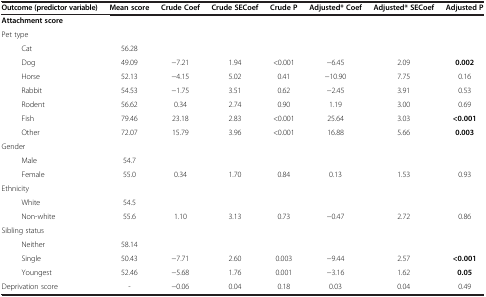
<table><thead><tr><td><b>Outcome (predictor variable)</b></td><td><b>Mean score</b></td><td><b>Crude Coef</b></td><td><b>Crude SECoef</b></td><td><b>Crude P</b></td><td><b>Adjusted* Coef</b></td><td><b>Adjusted* SECoef</b></td><td><b>Adjusted P</b></td></tr></thead><tbody><tr><td><b>Attachment score</b></td><td> </td><td> </td><td> </td><td> </td><td> </td><td> </td><td> </td></tr><tr><td>Pet type</td><td> </td><td> </td><td> </td><td> </td><td> </td><td> </td><td> </td></tr><tr><td>Cat</td><td>56.28</td><td> </td><td> </td><td> </td><td> </td><td> </td><td> </td></tr><tr><td>Dog</td><td>49.09</td><td>−7.21</td><td>1.94</td><td>&lt;0.001</td><td>−6.45</td><td>2.09</td><td><b>0.002</b></td></tr><tr><td>Horse</td><td>52.13</td><td>−4.15</td><td>5.02</td><td>0.41</td><td>−10.90</td><td>7.75</td><td>0.16</td></tr><tr><td>Rabbit</td><td>54.53</td><td>−1.75</td><td>3.51</td><td>0.62</td><td>−2.45</td><td>3.91</td><td>0.53</td></tr><tr><td>Rodent</td><td>56.62</td><td>0.34</td><td>2.74</td><td>0.90</td><td>1.19</td><td>3.00</td><td>0.69</td></tr><tr><td>Fish</td><td>79.46</td><td>23.18</td><td>2.83</td><td>&lt;0.001</td><td>25.64</td><td>3.03</td><td><b>&lt;0.001</b></td></tr><tr><td>Other</td><td>72.07</td><td>15.79</td><td>3.96</td><td>&lt;0.001</td><td>16.88</td><td>5.66</td><td><b>0.003</b></td></tr><tr><td>Gender</td><td> </td><td> </td><td> </td><td> </td><td> </td><td> </td><td> </td></tr><tr><td>Male</td><td>54.7</td><td> </td><td> </td><td> </td><td> </td><td> </td><td> </td></tr><tr><td>Female</td><td>55.0</td><td>0.34</td><td>1.70</td><td>0.84</td><td>0.13</td><td>1.53</td><td>0.93</td></tr><tr><td>Ethnicity</td><td> </td><td> </td><td> </td><td> </td><td> </td><td> </td><td> </td></tr><tr><td>White</td><td>54.5</td><td> </td><td> </td><td> </td><td> </td><td> </td><td> </td></tr><tr><td>Non-white</td><td>55.6</td><td>1.10</td><td>3.13</td><td>0.73</td><td>−0.47</td><td>2.72</td><td>0.86</td></tr><tr><td>Sibling status</td><td> </td><td> </td><td> </td><td> </td><td> </td><td> </td><td> </td></tr><tr><td>Neither</td><td>58.14</td><td> </td><td> </td><td> </td><td> </td><td> </td><td> </td></tr><tr><td>Single</td><td>50.43</td><td>−7.71</td><td>2.60</td><td>0.003</td><td>−9.44</td><td>2.57</td><td><b>&lt;0.001</b></td></tr><tr><td>Youngest</td><td>52.46</td><td>−5.68</td><td>1.76</td><td>0.001</td><td>−3.16</td><td>1.62</td><td><b>0.05</b></td></tr><tr><td>Deprivation score</td><td>-</td><td>−0.06</td><td>0.04</td><td>0.18</td><td>0.03</td><td>0.04</td><td>0.49</td></tr></tbody></table>